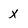
Character: X